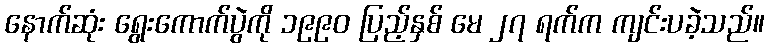
နောက်ဆုံး ရွေးကောက်ပွဲကို ၁၉၉၀ ပြည့်နှစ် မေ ၂၇ ရက်က ကျင်းပခဲ့သည်။